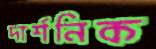
দার্শনিক